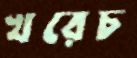
খরেচ